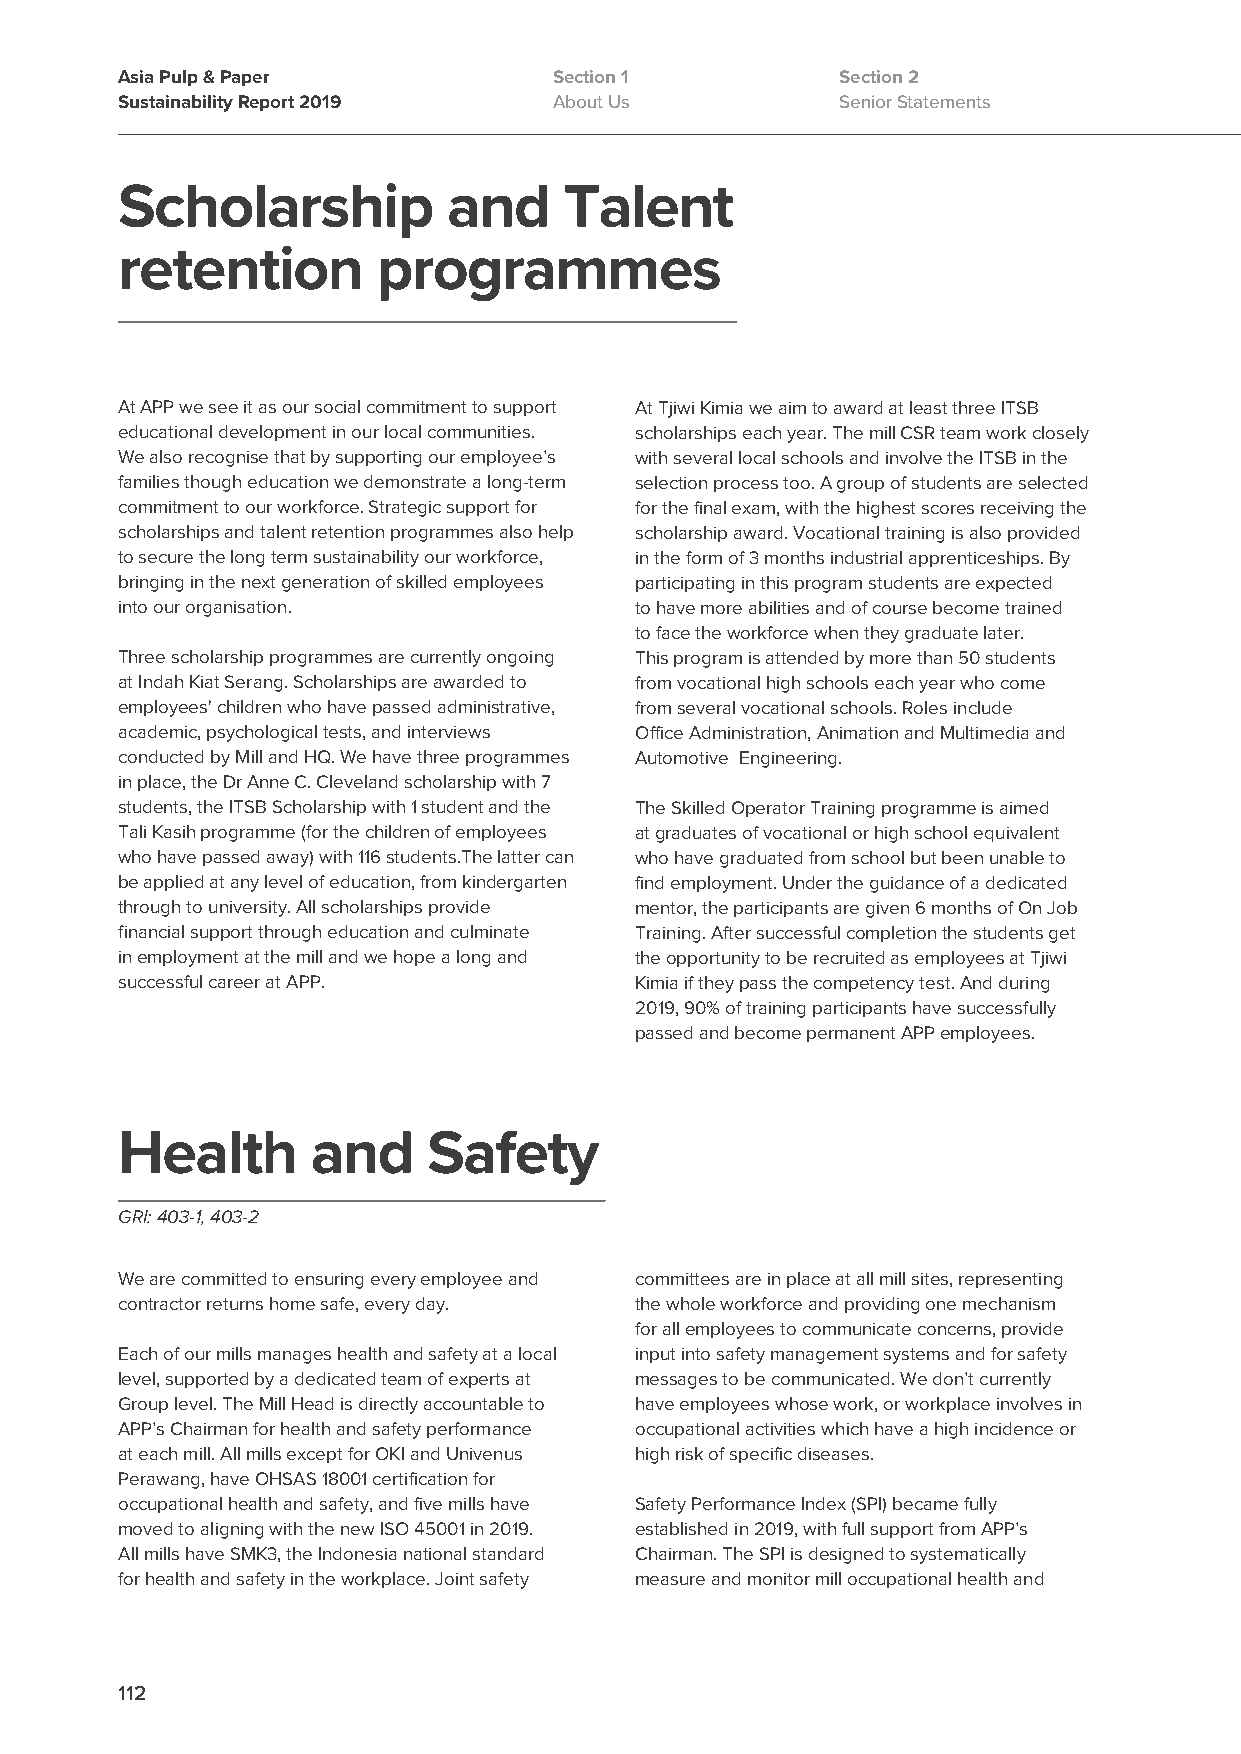
Asia Pulp & Paper            Section 1          Section 2
 Sustainability Report 2019   About Us           Senior Statements
 Scholarship           and    Talent
 retention        programmes
 At APP we see it as our social commitment to support At Tjiwi Kimia we aim to award at least three ITSB
 educational development in our local communities. scholarships each year. The mill CSR team work closely
 We also recognise that by supporting our employee’s with several local schools and involve the ITSB in the
 families though education we demonstrate a long-term selection process too. A group of students are selected
 commitment to our workforce. Strategic support for for the final exam, with the highest scores receiving the
 scholarships and talent retention programmes also help scholarship award. Vocational training is also provided
 to secure the long term sustainability our workforce, in the form of 3 months industrial apprenticeships. By
 bringing in the next generation of skilled employees participating in this program students are expected
 into our organisation.            to have more abilities and of course become trained
 to face the workforce when they graduate later.
 Three scholarship programmes are currently ongoing This program is attended by more than 50 students
 at Indah Kiat Serang. Scholarships are awarded to from vocational high schools each year who come
 employees' children who have passed administrative, from several vocational schools. Roles include
 academic, psychological tests, and interviews Office Administration, Animation and Multimedia and
 conducted by Mill and HQ. We have three programmes Automotive Engineering.
 in place, the Dr Anne C. Cleveland scholarship with 7
 students, the ITSB Scholarship with 1 student and the The Skilled Operator Training programme is aimed
 Tali Kasih programme (for the children of employees at graduates of vocational or high school equivalent
 who have passed away) with 116 students.The latter can who have graduated from school but been unable to
 be applied at any level of education, from kindergarten find employment. Under the guidance of a dedicated
 through to university. All scholarships provide mentor, the participants are given 6 months of On Job
 financial support through education and culminate Training. After successful completion the students get
 in employment at the mill and we hope a long and the opportunity to be recruited as employees at Tjiwi
 successful career at APP.         Kimia if they pass the competency test. And during
 2019, 90% of training participants have successfully
 passed and become permanent APP employees.
 Health       and    Safety
 GRI: 403-1, 403-2
 We are committed to ensuring every employee and committees are in place at all mill sites, representing
 contractor returns home safe, every day. the whole workforce and providing one mechanism
 for all employees to communicate concerns, provide
 Each of our mills manages health and safety at a local input into safety management systems and for safety
 level, supported by a dedicated team of experts at messages to be communicated. We don’t currently
 Group level. The Mill Head is directly accountable to have employees whose work, or workplace involves in
 APP’s Chairman for health and safety performance occupational activities which have a high incidence or
 at each mill. All mills except for OKI and Univenus high risk of specific diseases.
 Perawang, have OHSAS 18001 certification for
 occupational health and safety, and five mills have Safety Performance Index (SPI) became fully
 moved to aligning with the new ISO 45001 in 2019. established in 2019, with full support from APP’s
 All mills have SMK3, the Indonesia national standard Chairman. The SPI is designed to systematically
 for health and safety in the workplace. Joint safety measure and monitor mill occupational health and
 112